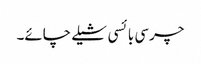
چرسی بائسی شیلے چائے۔